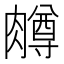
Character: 𫆸